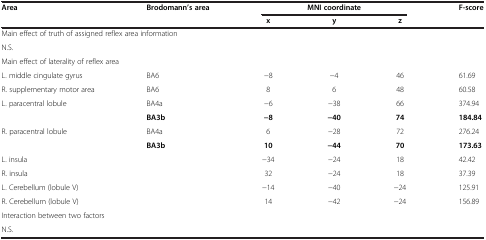
<table><thead><tr><td><b>Area</b></td><td><b>Brodomann’s area</b></td><td colspan="3"><b>MNI coordinate</b></td><td><b>F-score</b></td></tr><tr><td><b> </b></td><td><b> </b></td><td><b>x</b></td><td><b>y</b></td><td><b>z</b></td><td><b> </b></td></tr></thead><tbody><tr><td colspan="6">Main effect of truth of assigned reflex area information</td></tr><tr><td colspan="6">N.S.</td></tr><tr><td colspan="6">Main effect of laterality of reflex area</td></tr><tr><td>L. middle cingulate gyrus</td><td>BA6</td><td>-8</td><td>-4</td><td>46</td><td>61.69</td></tr><tr><td>R. supplementary motor area</td><td>BA6</td><td>8</td><td>6</td><td>48</td><td>60.58</td></tr><tr><td>L. paracentral lobule</td><td>BA4a</td><td>-6</td><td>-38</td><td>66</td><td>374.94</td></tr><tr><td> </td><td><b>BA3b</b></td><td><b>-8</b></td><td><b>-40</b></td><td><b>74</b></td><td><b>184.84</b></td></tr><tr><td>R. paracentral lobule</td><td>BA4a</td><td>6</td><td>-28</td><td>72</td><td>276.24</td></tr><tr><td> </td><td><b>BA3b</b></td><td><b>10</b></td><td><b>-44</b></td><td><b>70</b></td><td><b>173.63</b></td></tr><tr><td>L. insula</td><td> </td><td>-34</td><td>-24</td><td>18</td><td>42.42</td></tr><tr><td>R. insula</td><td> </td><td>32</td><td>-24</td><td>18</td><td>37.39</td></tr><tr><td>L. Cerebellum (lobule V)</td><td> </td><td>-14</td><td>-40</td><td>-24</td><td>125.91</td></tr><tr><td>R. Cerebellum (lobule V)</td><td> </td><td>14</td><td>-42</td><td>-24</td><td>156.89</td></tr><tr><td colspan="6">Interaction between two factors</td></tr><tr><td colspan="6">N.S.</td></tr></tbody></table>